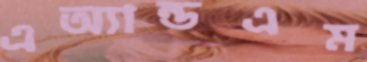
এঅ্যান্ডএম